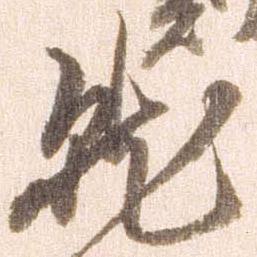
就